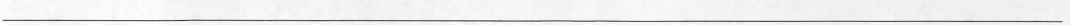
___